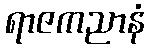
ရာဇကညာနံ